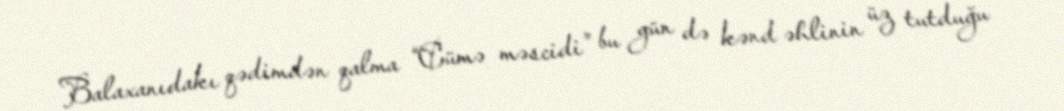
Balaxanıdakı qədimdən qalma “Cümə məscidi” bu gün də kənd əhlinin üz tutduğu